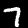
Label: 7